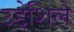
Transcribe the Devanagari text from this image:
उद्देशिले